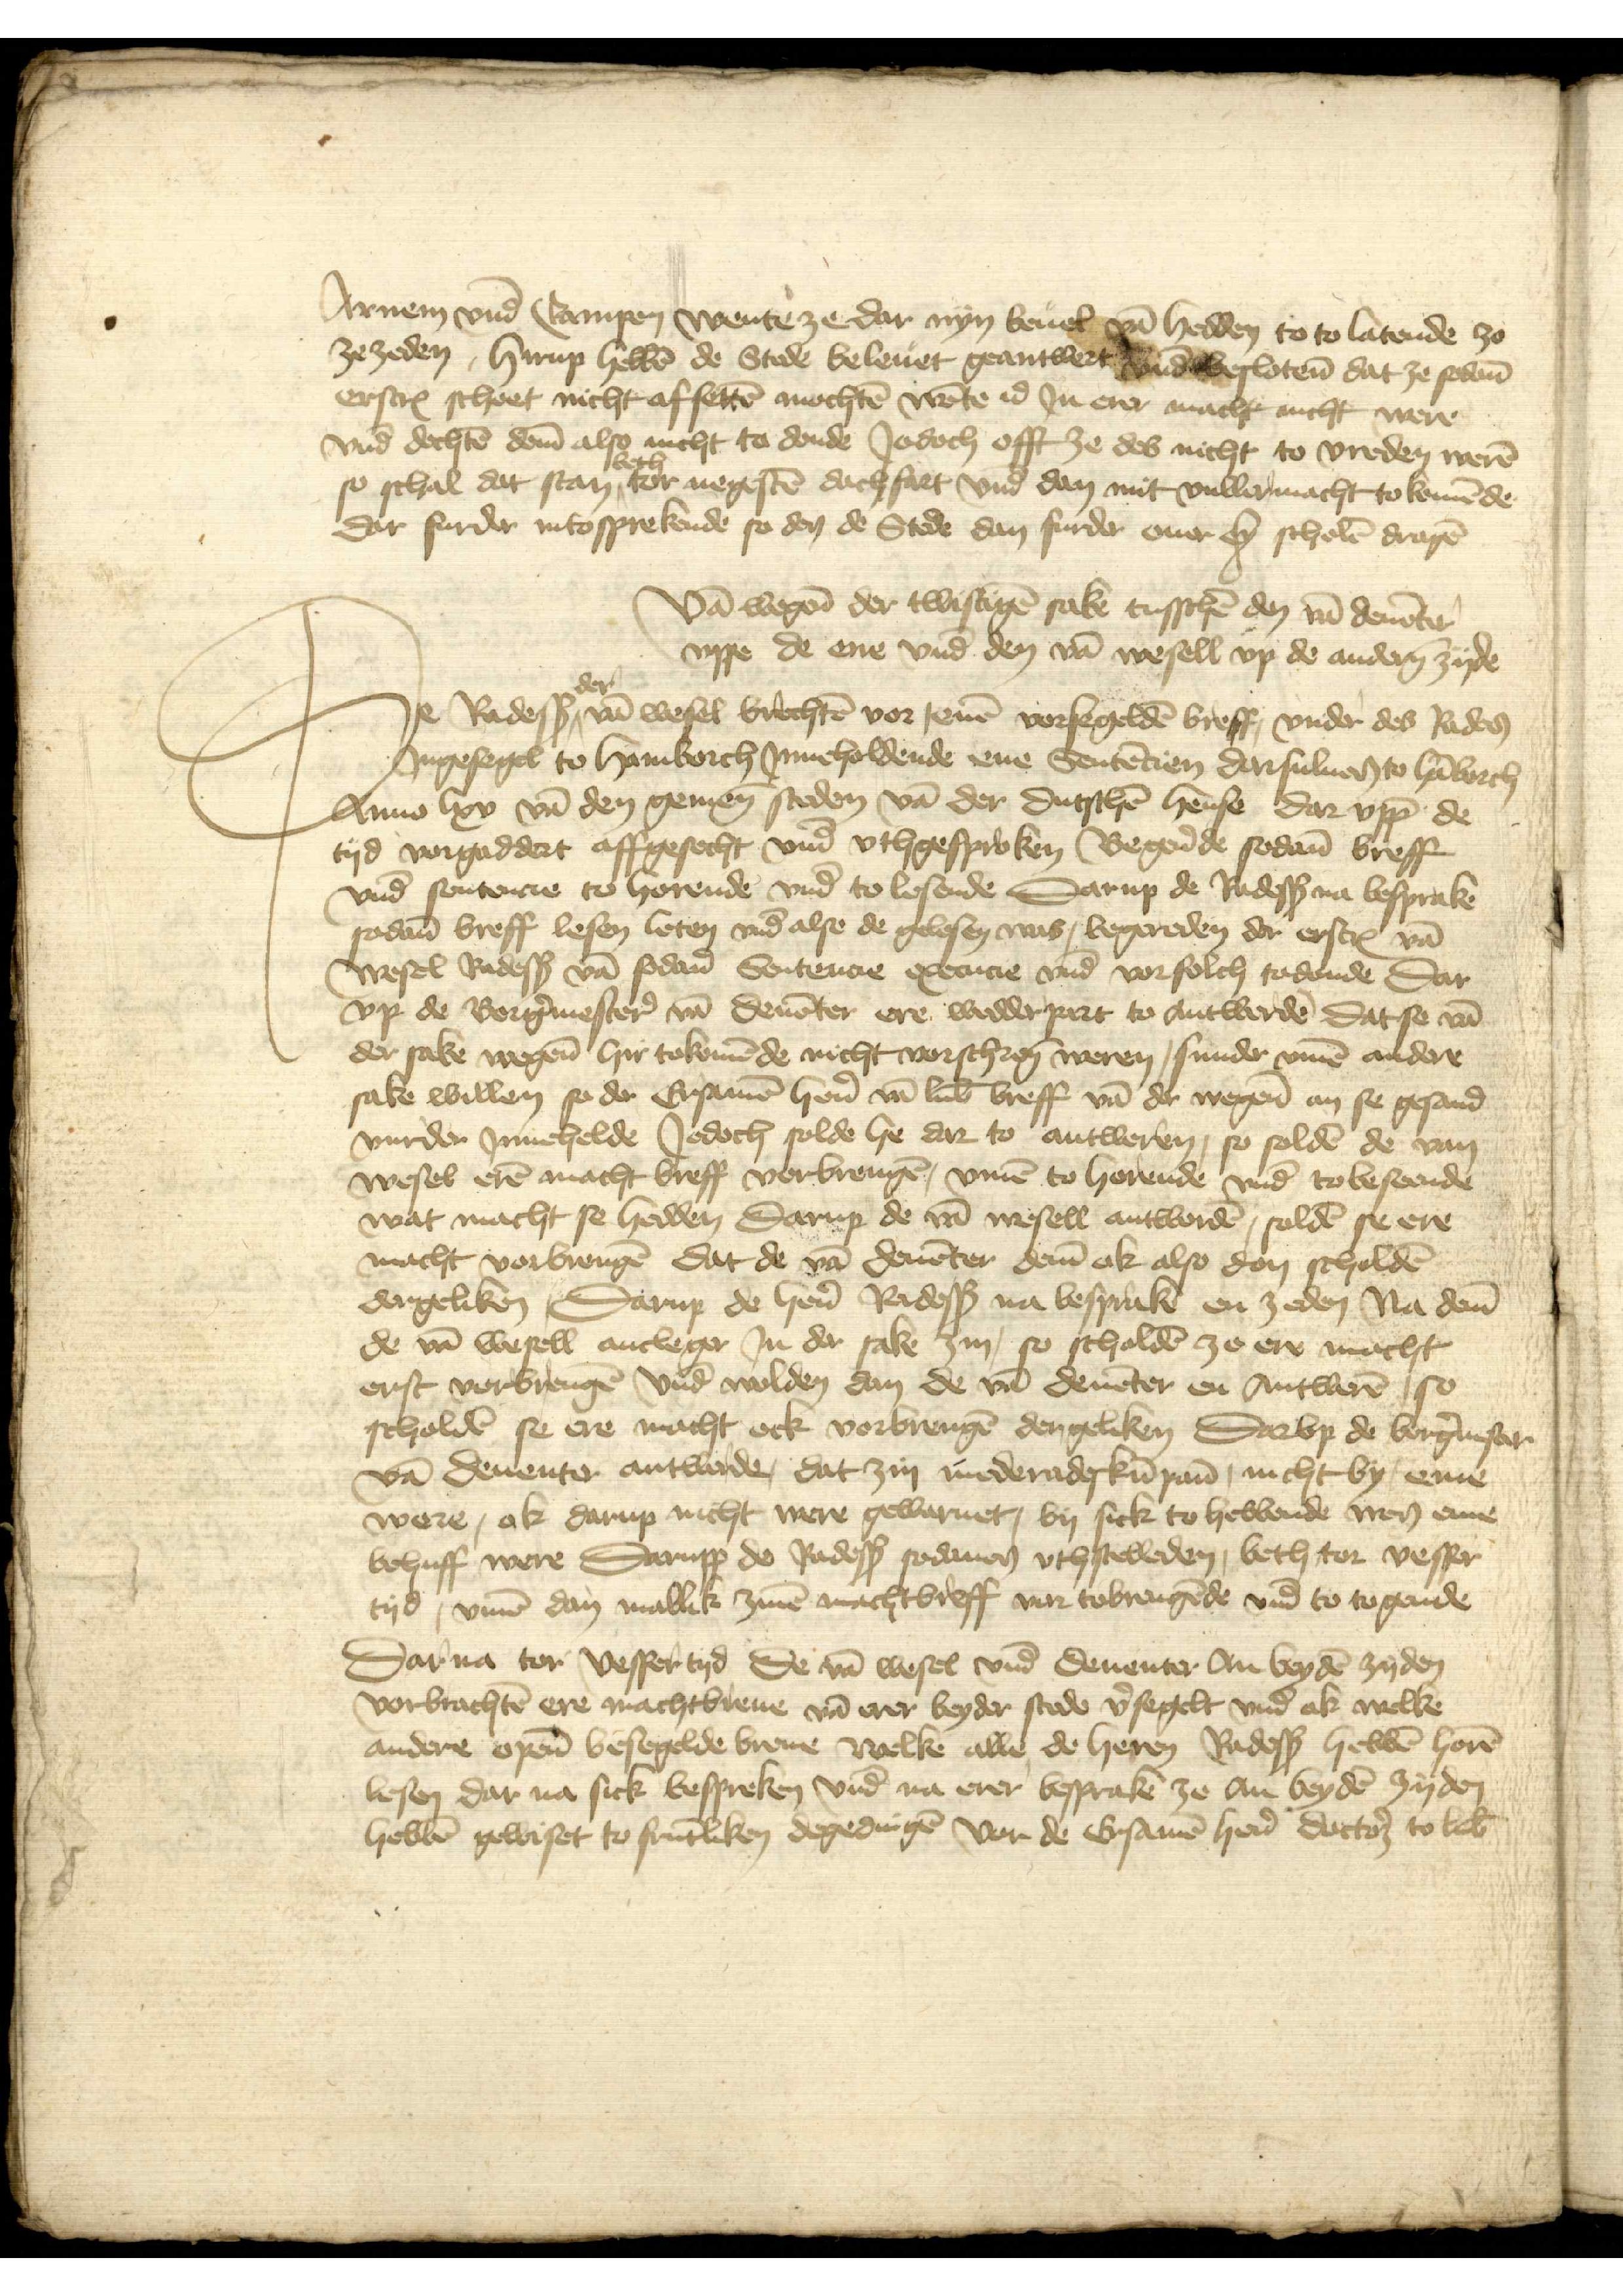
Arnem vnd Campen wente ze dar nyn beuel van hedden to to latende zo
ze zeden, hirup hebben de Stede beleuet geantwert vnd beslotenen dat ze sodane
erscreuen schoet nicht afsetten mochten wente id Jn erer macht nicht were
vnd dochten deme also nicht to donde Jodoch offt ze des nicht to vreden weren
so schal dat stan beth tor negesten dachfart vnd den mit vullermacht to komende
dar furder intosprekende so den de Stede dan furder ouer eyn scholen dragen

Van wegene der twistigen sake tusschen den van Deuenter
vppe de ene vnd den van Wesell vp de anderen zyde
De Radessendeboden van Wesel brechten vor jenen vorsegelden breff, vnder des Rades
Jngesegel to Hamborch Jnneholdende ene Sententien darsuluen to Hamborch
Anno lxv van den gemenen steden van der dutschen hense Dar vpp de
tyd vorgaddert affgesecht vnd vthgesproken Begerende sodane breff
vnd sentencie to horende vnd to lesende Darup de Radessendeboden na besprake
sodanen breff lesen leten vnd alse de gelesen was, begereden der erscreuen van
Wesel Radessendeboden van sodane Sentencie execucie vnd vorsolch todonde dar
vp de Borgermestere van Deuenter ere wedderpart to antwerden dat se van
der sake wegene hir tokomende nicht vorschreuen weren, sunder vmme andere
sake willen so de Ersamen heren van Lubeke breff van der wegen an se gesand
vurder Jnnehelde Jedoch solde he dar to antweren, so solden de van
Wesel eren macht breff vorbrengen, vmme to horende vnd to beseende
wat macht se hedden darup de van Wesel antworden, solden se ere
macht vorbrengen dat de van Deuenter deme ok also don scholden
dergeliken, Darup de heren Radessendeboden na besprake en zeden na deme
de van Wesell ancleger Jn der sake zin, so scholden ze ere macht
erst vorbrengen vnd wolden dan de van Deuenter en Antweren so
scholden se ere macht ock vorbrengen der geliken Darvp de borgermester
van Deuenter antworde, dat zin mederadeakumpanen, nicht by, eme
were, ok darup nicht were gewarnet, by sick to hebbende men ene
behuff were Darupp de Radessendeboden sodanen vthstelleden, beth tor vesper
tyd, vmme dan maklik zinen machtbreff vor tobrengende vnd to togende

Dar na tor vesper tyd de van Wesel vnd Deuenter Jn beyden zyden
vorbrachten ere machtbreue van erer beyder stede vorsegelt vnd ok welke
andere openen besegelde breue welke alle de heren Radessendeboden hebben horen
lesen dar na sick bespreken vnd na erer bespraken ze an beyden zyden
hebben gewiset to fruntliken degedingen vor de Ersamen heren doctor to Lubeke